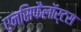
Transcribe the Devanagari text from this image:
एनसिफैलॉर्टस